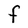
Character: F